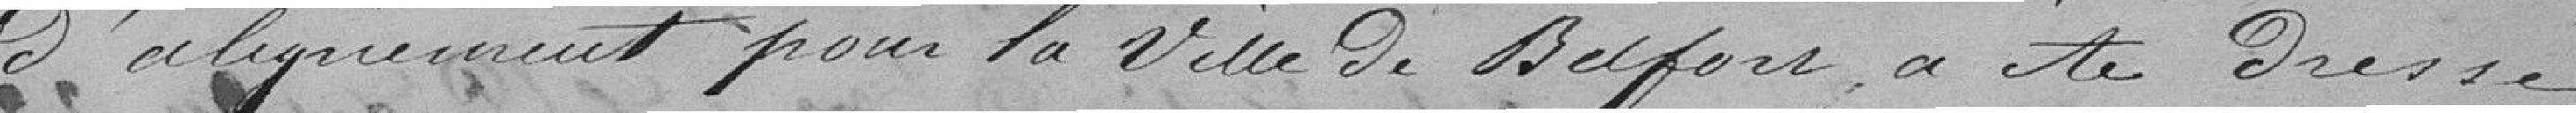
d'alignement pour la ville de Belfort a été dressé